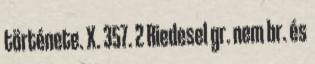
története. X. 357. 2 Riedesel gr. nem br. és